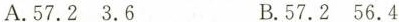
A.57.2 3.6 B.57.2 56.4